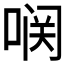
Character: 𱓥